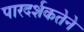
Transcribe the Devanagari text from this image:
पारदर्शकतेने